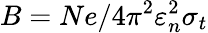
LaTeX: B=Ne/4\pi^{2}\varepsilon_{n}^{2}\sigma_{t}